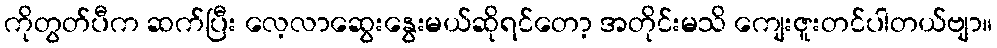
ကိုတွတ်ပီက ဆက်ပြီး လေ့လာဆွေးနွေးမယ်ဆိုရင်တော့ အတိုင်းမသိ ကျေးဇူးတင်ပါတယ်ဗျာ။